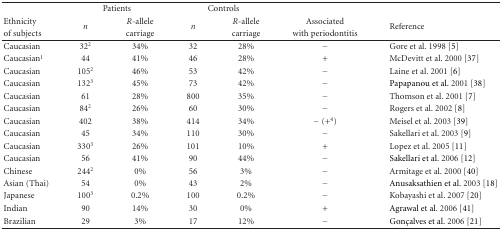
<table><thead><tr><td></td><td colspan="2"><b>Patients</b></td><td colspan="2"><b>Controls</b></td><td></td><td></td></tr><tr><td><b>Ethnicity</b></td><td rowspan="2"><b><i>n</i></b></td><td><b><i>R</i>-allele</b></td><td rowspan="2"><b><i>n</i></b></td><td><b><i>R</i>-allele</b></td><td><b>Associated</b></td><td rowspan="2"><b>Reference</b></td></tr><tr><td><b>of subjects</b></td><td><b>carriage</b></td><td><b>carriage</b></td><td><b>with periodontitis</b></td></tr></thead><tbody><tr><td>Caucasian</td><td>32<sup>2</sup></td><td>34%</td><td>32</td><td>28%</td><td>−</td><td>Gore et al. 1998 [5]</td></tr><tr><td>Caucasian<sup>1</sup></td><td>44</td><td>41%</td><td>46</td><td>28%</td><td>+</td><td>McDevitt et al. 2000 [37]</td></tr><tr><td>Caucasian</td><td>105<sup>2</sup></td><td>46%</td><td>53</td><td>42%</td><td>−</td><td>Laine et al. 2001 [6]</td></tr><tr><td>Caucasian</td><td>132<sup>3</sup></td><td>45%</td><td>73</td><td>42%</td><td>−</td><td>Papapanou et al. 2001 [38]</td></tr><tr><td>Caucasian</td><td>61</td><td>28%</td><td>800</td><td>35%</td><td>−</td><td>Thomson et al. 2001 [7]</td></tr><tr><td>Caucasian</td><td>84<sup>2</sup></td><td>26%</td><td>60</td><td>30%</td><td>−</td><td>Rogers et al. 2002 [8]</td></tr><tr><td>Caucasian</td><td>402</td><td>38%</td><td>414</td><td>34%</td><td>− (+<sup>4</sup>)</td><td>Meisel et al. 2003 [39]</td></tr><tr><td>Caucasian</td><td>45</td><td>34%</td><td>110</td><td>30%</td><td>−</td><td>Sakellari et al. 2003 [9]</td></tr><tr><td>Caucasian</td><td>330<sup>3</sup></td><td>26%</td><td>101</td><td>10%</td><td>+</td><td>Lopez et al. 2005 [11]</td></tr><tr><td>Caucasian</td><td>56</td><td>41%</td><td>90</td><td>44%</td><td>−</td><td>Sakellari et al. 2006 [12]</td></tr><tr><td>Chinese</td><td>244<sup>2</sup></td><td>0%</td><td>56</td><td>3%</td><td>−</td><td>Armitage et al. 2000 [40]</td></tr><tr><td>Asian (Thai)</td><td>54</td><td>0%</td><td>43</td><td>2%</td><td>−</td><td>Anusaksathien et al. 2003 [18]</td></tr><tr><td>Japanese</td><td>100<sup>3</sup></td><td>0.2%</td><td>100</td><td>0.2%</td><td>−</td><td>Kobayashi et al. 2007 [20]</td></tr><tr><td>Indian</td><td>90</td><td>14%</td><td>30</td><td>0%</td><td>+</td><td>Agrawal et al. 2006 [41]</td></tr><tr><td>Brazilian</td><td>29</td><td>3%</td><td>17</td><td>12%</td><td>−</td><td>Gonçalves et al. 2006 [21]</td></tr></tbody></table>